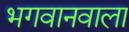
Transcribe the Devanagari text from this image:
भगवानवाला